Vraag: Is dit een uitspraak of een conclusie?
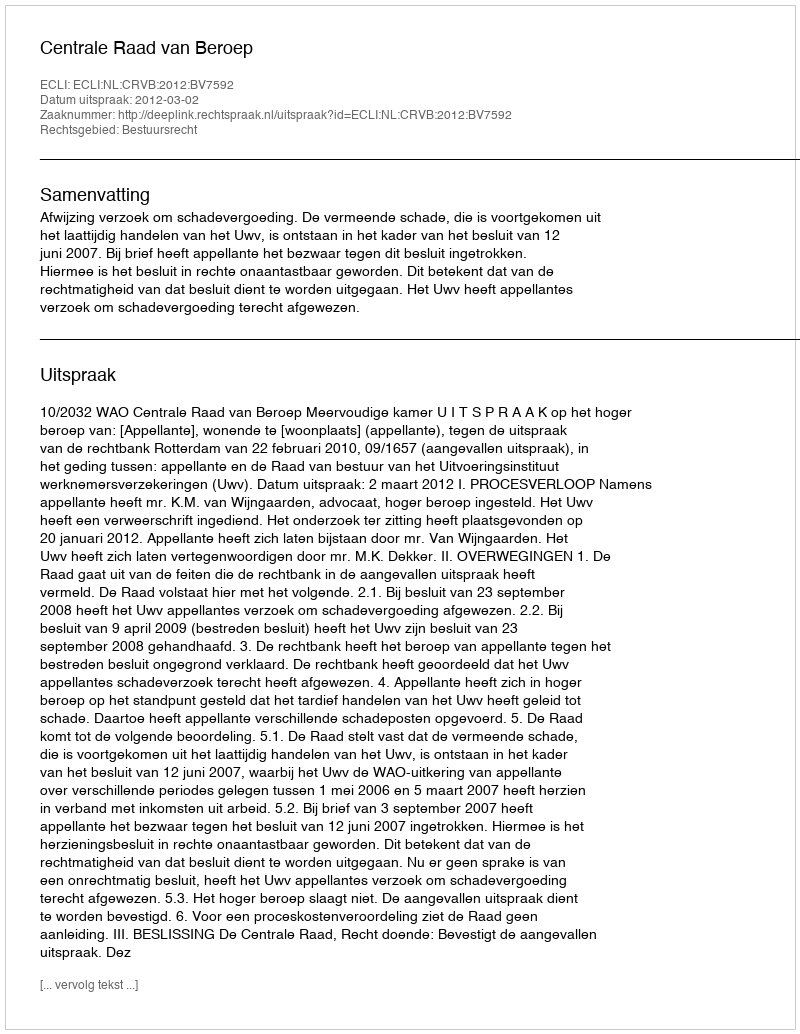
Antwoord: Uitspraak